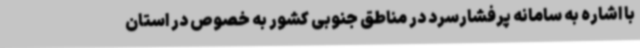
با اشاره به سامانه پرفشارسرد در مناطق جنوبی کشور به خصوص در استان